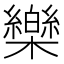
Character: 𣠋